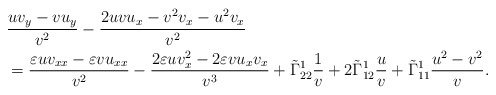
\begin{align*}&\frac{uv_y-vu_y}{v^2}-\frac{2uvu_x-v^2v_x-u^2v_x}{v^2}\\&=\frac{\varepsilon uv_{xx}-\varepsilon vu_{xx}}{v^2}-\frac{2\varepsilon uv_x^2-2\varepsilon vu_xv_x}{v^3}+\tilde{\Gamma}^1_{22}\frac{1}{v}+2\tilde{\Gamma}^1_{12}\frac{u}{v}+\tilde{\Gamma}^1_{11}\frac{u^2-v^2}{v}.\end{align*}